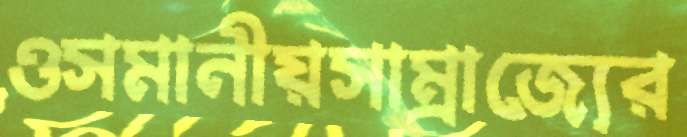
ওসমানীয়সাম্রাজ্যের